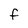
Character: F